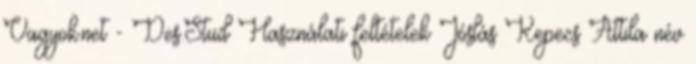
Vagyok.net - Des.Stud Használati feltételek Jóslás Kepecs Attila név